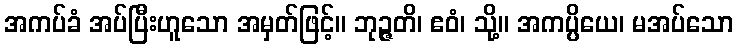
အကပ်ခံ အပ်ပြီးဟူသော အမှတ်ဖြင့်။ ဘုဉ္ဇတိ၊ ဧဝံ၊ သို့။ အကပ္ပိယေ၊ မအပ်သော